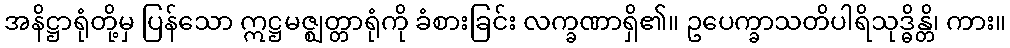
အနိဋ္ဌာရုံတို့မှ ပြန်သော ဣဋ္ဌမဇ္ဈတ္တာရုံကို ခံစားခြင်း လက္ခဏာရှိ၏။ ဥပေက္ခာသတိပါရိသုဒ္ဓိန္တိ၊ ကား။